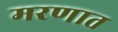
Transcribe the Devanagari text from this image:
मरणात